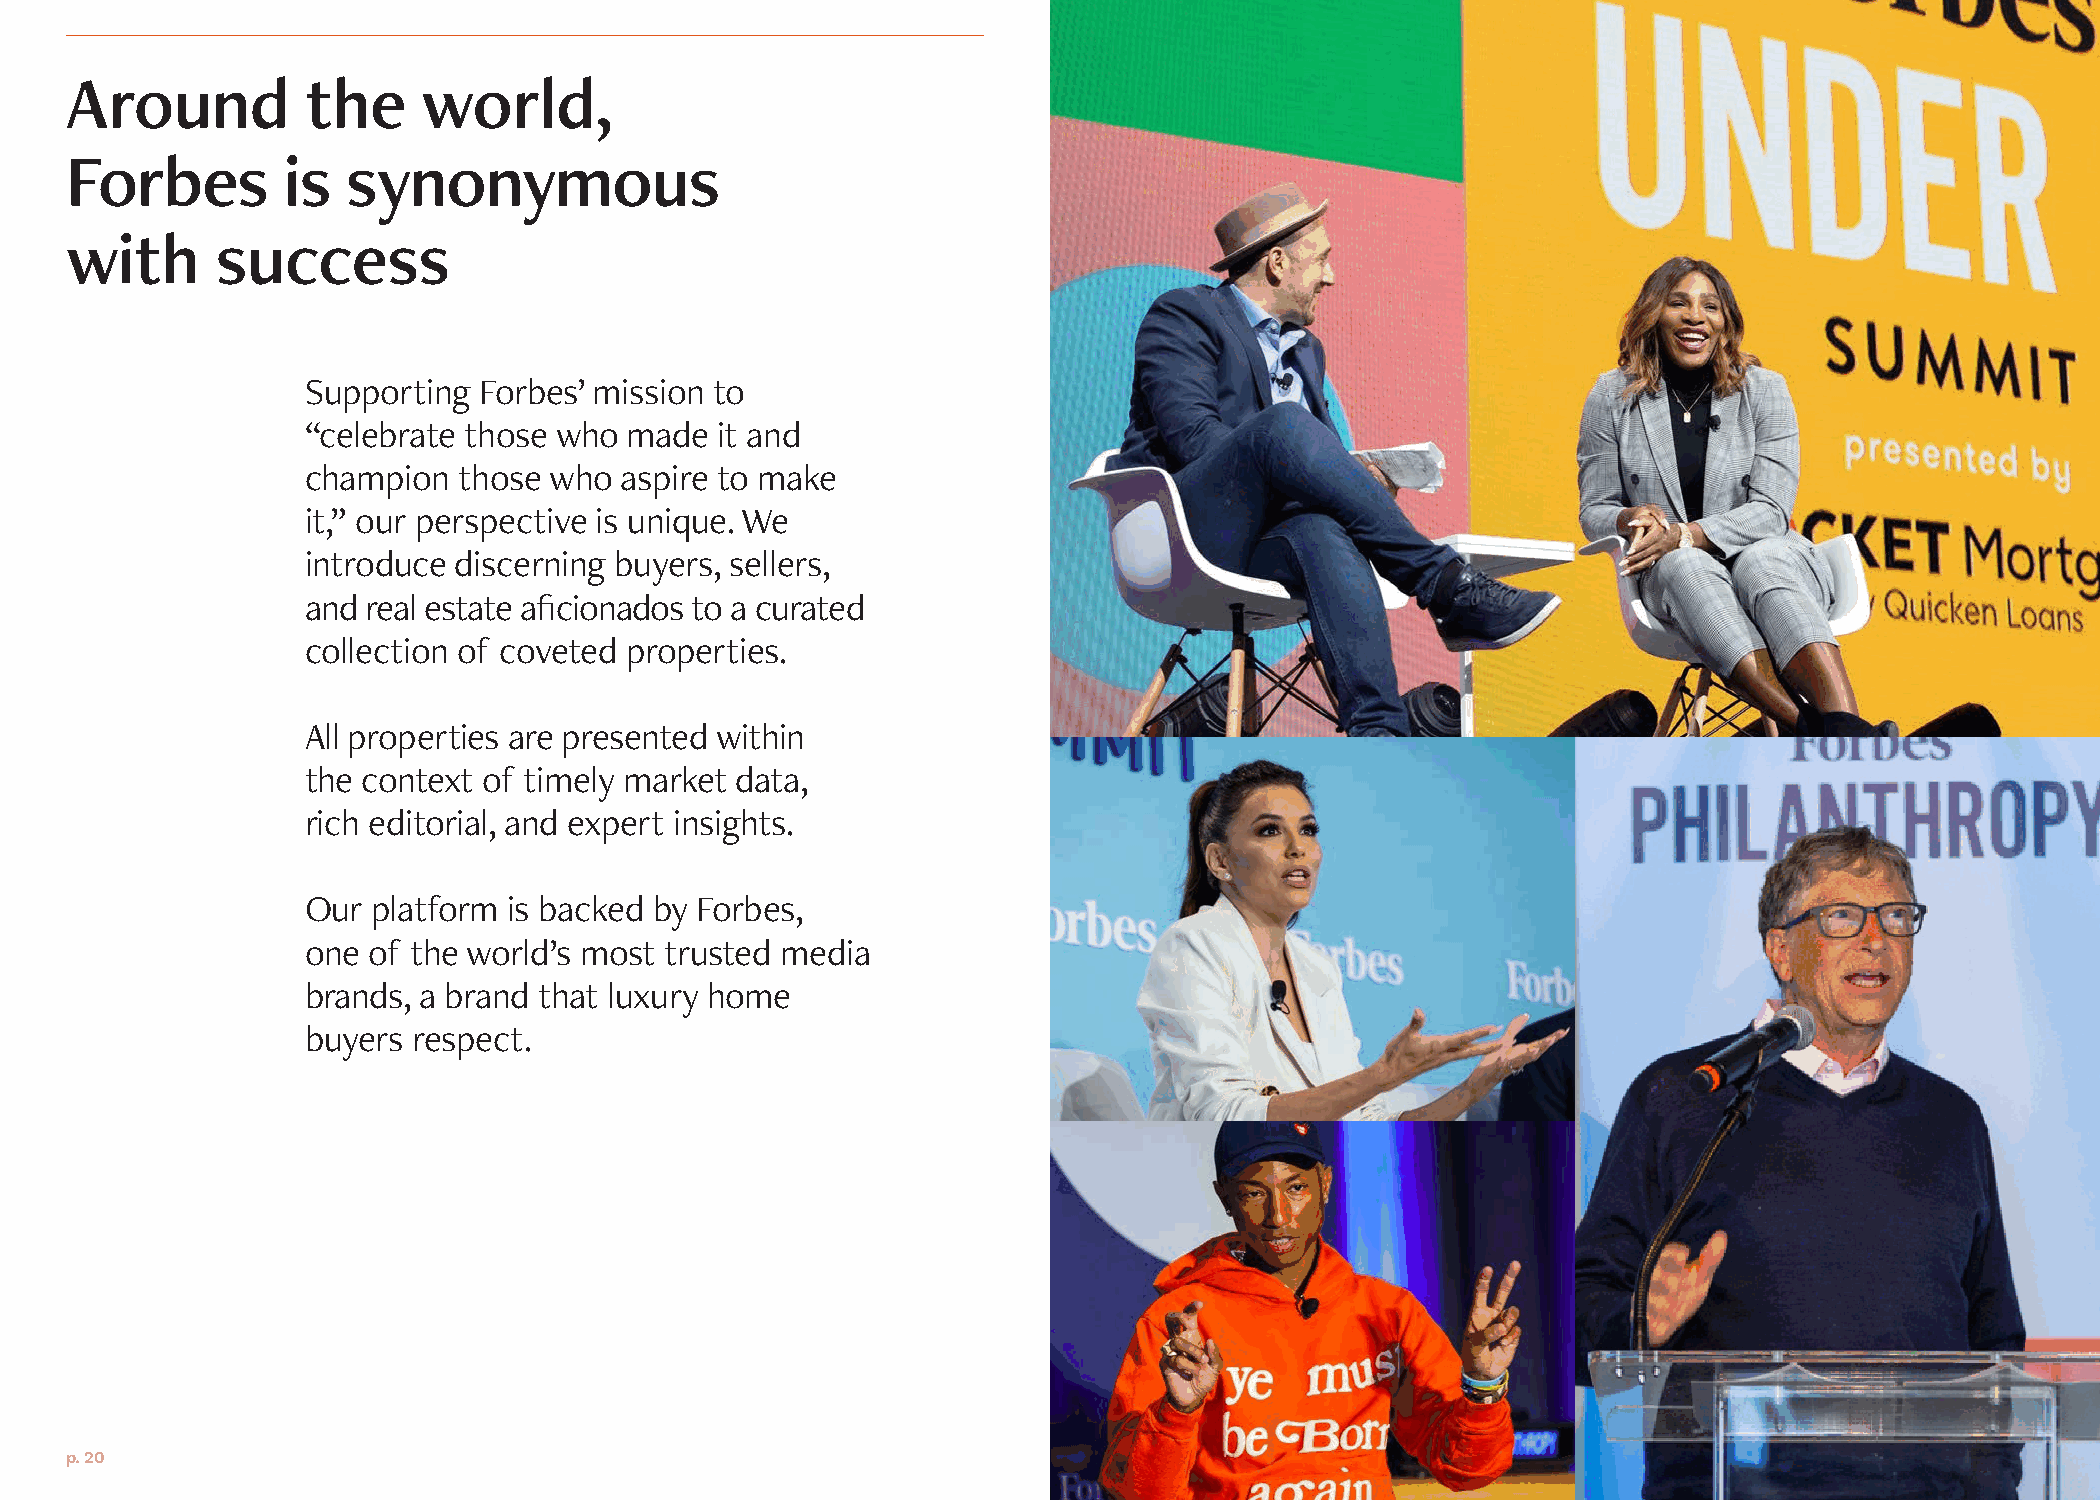
Around          the     world,
 Forbes         is  synonymous
 with      success
 Supporting  Forbes’ mission to
 “celebrate those who  made  it and
 champion  those who  aspire to make
 it,” our perspective is unique. We
 introduce discerning buyers, sellers,
 and real estate aficionados to a curated
 collection of coveted properties.
 All properties are presented within
 the context of timely market data,
 rich editorial, and expert insights.
 Our  platform is backed by Forbes,
 one of the world’s most trusted media
 brands, a brand that luxury home
 buyers respect.
 p. 20                                                                                                                           p. 21